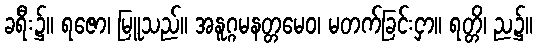
ခရီး၌။ ရဇော၊ မြူသည်။ အနူဂ္ဂမနတ္တမေဝ၊ မတက်ခြင်းငှာ။ ရတ္တိ၊ ည၌။